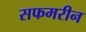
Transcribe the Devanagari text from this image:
सफमरीन